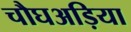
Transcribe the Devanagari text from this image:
चौघअड़िया